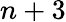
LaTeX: n+3